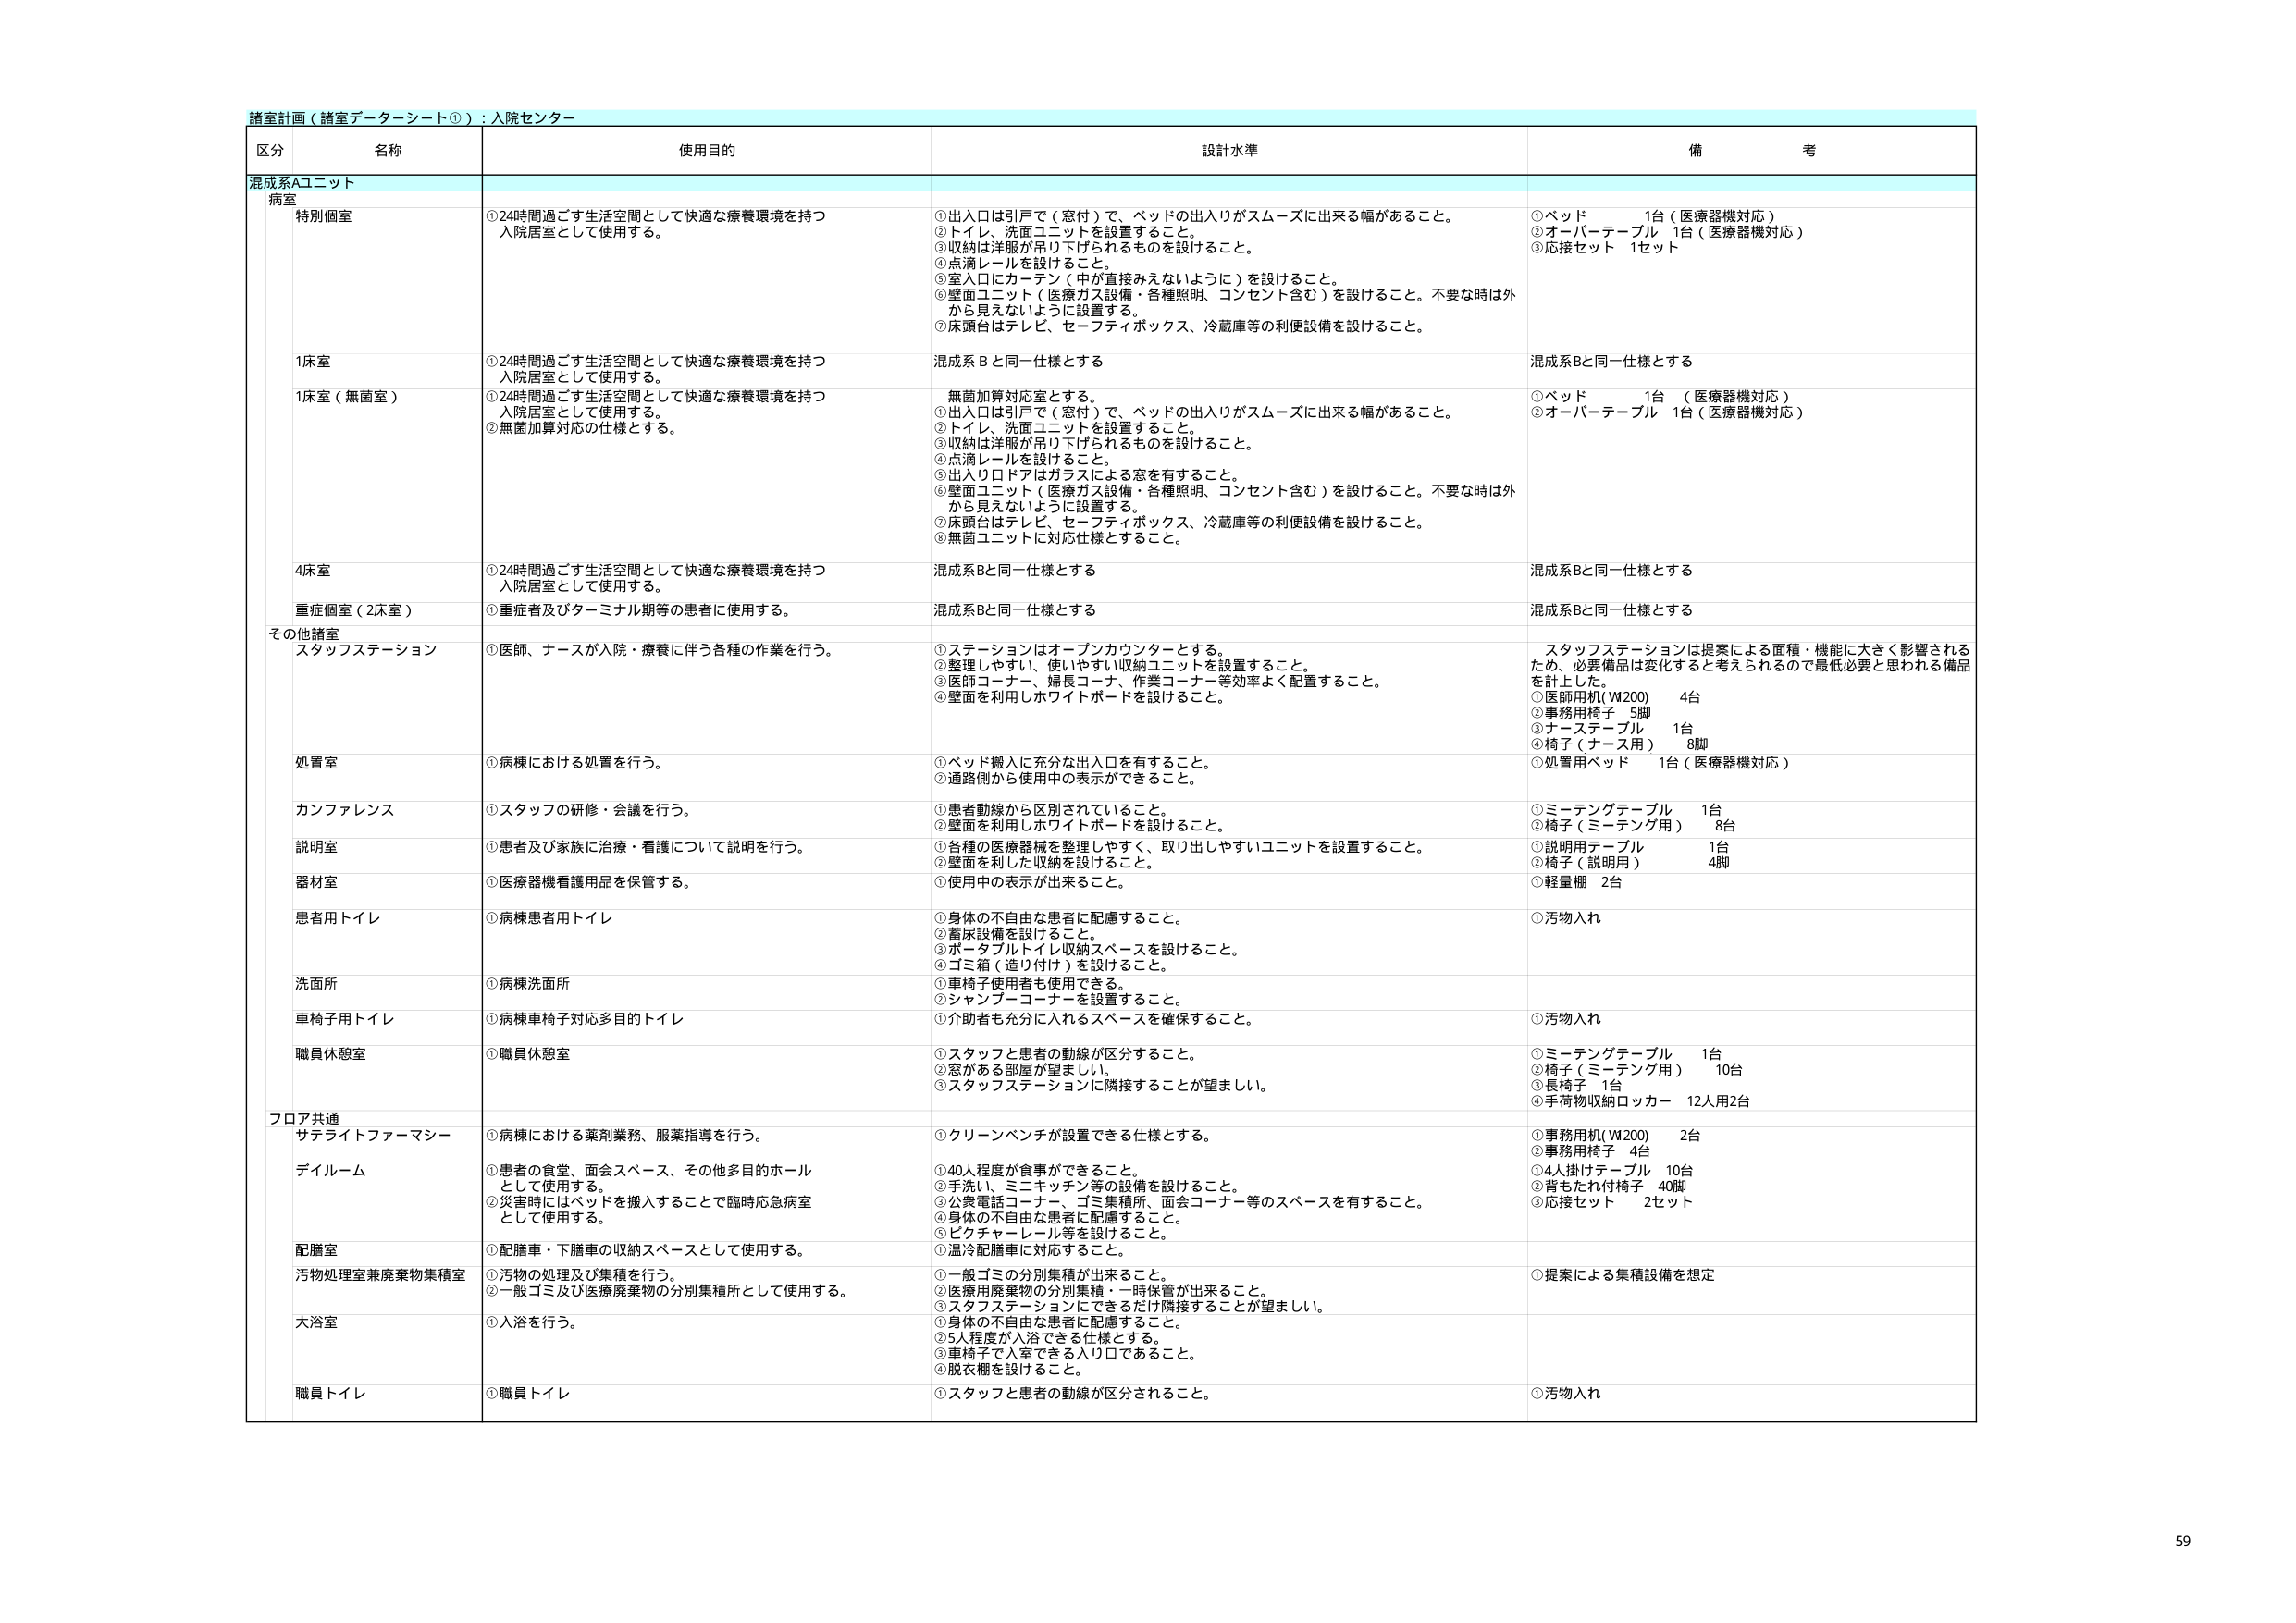
諸室計画（諸室データシート①）：入院センター

区分 名称 使用目的 設計水準 備考

混成系Aユニット

病室

特別個室 ①24時間過ごす生活空間として快適な療養環境を持つ入院居室として使用する。 ①出入口は引戸で（窓付）で、ベッドの出入りがスムーズに出来る幅があること。 ②トイレ、洗面ユニットを設置すること。 ③収納は洋服が吊り下げられるものを設けること。 ④点滴レールを設けること。 ⑤室入口にカーテン（中が直接みえないように）を設けること。 ⑥壁面ユニット（医療ガス設備・各種照明、コンセント含む）を設けること。不要な時は外から見えないように設置する。 ⑦床頭台はテレビ、セーフティボックス、冷蔵庫等の利便設備を設けること。 ①ベッド 1台（医療器機対応） ②オーバーテーブル 1台（医療器機対応） ③応接セット 1セット

1床室 ①24時間過ごす生活空間として快適な療養環境を持つ入院居室として使用する。 混成系Bと同一仕様とする 混成系Bと同一仕様とする

1床室（無菌室） ①24時間過ごす生活空間として快適な療養環境を持つ入院居室として使用する。 ②無菌加算対応の仕様とする。 無菌加算対応室とする。 ①出入口は引戸で（窓付）で、ベッドの出入りがスムーズに出来る幅があること。 ②トイレ、洗面ユニットを設置すること。 ③収納は洋服が吊り下げられるものを設けること。 ④点滴レールを設けること。 ⑤出入り口ドアはガラスによる窓を有すること。 ⑥壁面ユニット（医療ガス設備・各種照明、コンセント含む）を設けること。不要な時は外から見えないように設置する。 ⑦床頭台はテレビ、セーフティボックス、冷蔵庫等の利便設備を設けること。 ⑧無菌ユニットに対応仕様とすること。 ①ベッド 1台（医療器機対応） ②オーバーテーブル 1台（医療器機対応）

4床室 ①24時間過ごす生活空間として快適な療養環境を持つ入院居室として使用する。 混成系Bと同一仕様とする 混成系Bと同一仕様とする

重症個室（2床室） ①重症者及びターミナル期等の患者に使用する。 混成系Bと同一仕様とする 混成系Bと同一仕様とする

その他諸室

スタッフステーション ①医師、ナースが入院・療養に伴う各種の作業を行う。 ①ステーションはオープンカウンターとする。 ②整理しやすい、使いやすい収納ユニットを設置すること。 ③医師コーナー、婦長コーナー、作業コーナー等効率よく配置すること。 ④壁面を利用しホワイトボードを設けること。 スタッフステーションは提案による面積・機能に大きく影響されるため、必要備品は変化すると考えられるので最低必要と思われる備品を計上した。 ①医師用机（W200） 4台 ②事務用椅子 5脚 ③ナーステーブル 1台 ④椅子（ナース用） 8脚

処置室 ①病棟における処置を行う。 ①ベッド搬入に充分な出入口を有すること。 ②通路側から使用中の表示ができること。 ①処置用ベッド 1台（医療器機対応）

カンファレンス ①スタッフの研修・会議を行う。 ①患者動線から区別されていること。 ②壁面を利用しホワイトボードを設けること。 ①ミーテングテーブル 1台 ②椅子（ミーテング用） 8台

説明室 ①患者及び家族に治療・看護について説明を行う。 ①各種の医療器機を整理しやすく、取り出しやすいユニットを設置すること。 ②壁面を利用した収納を設けること。 ①説明用テーブル 1台 ②椅子（説明用） 4脚

器材室 ①医療器機看護用品を保管する。 ①使用中の表示が出来ること。 ①軽量棚 2台

患者用トイレ ①病棟患者用トイレ ①身体の不自由な患者に配慮すること。 ②着尿設備を設けること。 ③ポータブルトイレ収納スペースを設けること。 ④ゴミ箱（造り付け）を設けること。 ①汚物入れ

洗面所 ①病棟洗面所 ①車椅子使用者も使用できる。 ②シャンプーコーナーを設置すること。

車椅子用トイレ ①病棟車椅子対応多目的トイレ ①介助者も充分に入れるスペースを確保すること。 ①汚物入れ

職員休憩室 ①職員休憩室 ①スタッフと患者の動線が区分すること。 ②窓がある部屋が望ましい。 ③スタッフステーションに隣接することが望ましい。 ①ミーテングテーブル 1台 ②椅子（ミーテング用） 10台 ③長椅子 1台 ④手荷物収納ロッカー 12人用2台

フロア共通

サテライトファーマシー ①病棟における薬剤業務、服薬指導を行う。 ①クリーンベンチが設置できる仕様とする。 ①事務用机（W200） 2台 ②事務用椅子 4台

ディルーム ①患者の食堂、面会スペース、その他多目的ホールとして使用する。 ②災害時にはベッドを搬入することで臨時応急病室として使用する。 ①40人程度が食事ができること。 ②手洗い、ミニキッチン等の設備を設けること。 ③公衆電話コーナー、ゴミ集積所、面会コーナー等のスペースを有すること。 ④身体の不自由な患者に配慮すること。 ⑤ピクチャーレール等を設けること。 ①4人掛けテーブル 10台 ②背もたれ付椅子 40脚 ③応接セット 2セット

配膳室 ①配膳車・下膳車の収納スペースとして使用する。 ①温冷配膳車に対応すること。

汚物処理室兼廃棄物集積室 ①汚物の処理及び集積を行う。 ②一般ゴミ及び医療廃棄物の分別集積所として使用する。 ①一般ゴミの分別集積が出来ること。 ②医療用廃棄物の分別集積・一時保管が出来ること。 ③スタッフステーションにできるだけ隣接することが望ましい。 ①提案による集積設備を想定

大浴室 ①入浴を行う。 ①身体の不自由な患者に配慮すること。 ②5人程度が入浴できる仕様とする。 ③車椅子で入室できる入り口であること。 ④脱衣棚を設けること。

職員トイレ ①職員トイレ ①スタッフと患者の動線が区分されること。 ①汚物入れ

59